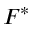
F ^ { * }